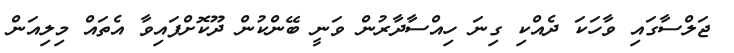
ޖަލްސާގައި ވާހަކަ ދެއްކި ގިނަ ހިއްސާދާރުން ވަނީ ބޭންކުން ދޫކޮށްފައިވާ އެތައް މިލިއަން